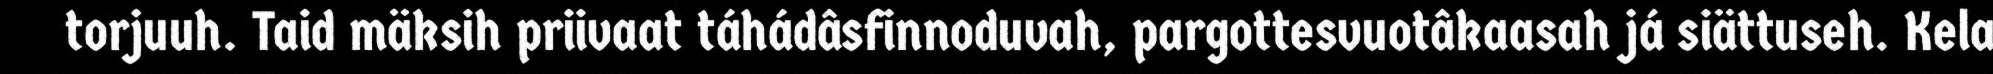
torjuuh. Taid mäksih priivaat táhádâsfinnoduvah, pargottesvuotâkaasah já siättuseh. Kela